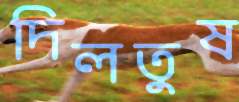
দিলতুষ